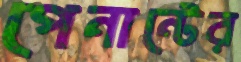
পেনান্টের